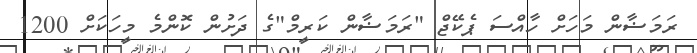
ރަމަޟާން މަހަށް ހާއްސަ ޕެކޭޖް "ރަމަޟާން ކަރީމް"ގެ ދަށުން ކޮންމެ މީހަކަށް 1200